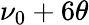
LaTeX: \nu_{0}+6\theta